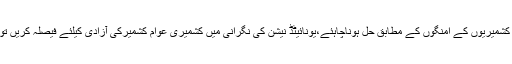
انہوں نے کہاکہ کشمیرکافیصلہ کشمیریوں کے امنگوں کے مطابق حل ہوناچاہئے،یونائیٹڈ نیشن کی نگرانی میں کشمیری عوام کشمیرکی آزادی کیلئے فیصلہ کریں توبھارت کو آزادی دیدینی چاہئے۔